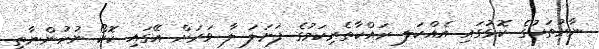
ނާރުތަކުގެ ކޮޅުގައި އެއްކަލ ރައްކާތެރިކަމުގެ ފަށަލަ ލާ ވަރަށް އޭގައި ކޮކޯ ނުހުންނާތީ